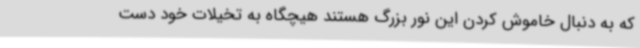
که به دنبال خاموش کردن این نور بزرگ هستند هیچگاه به تخیلات خود دست